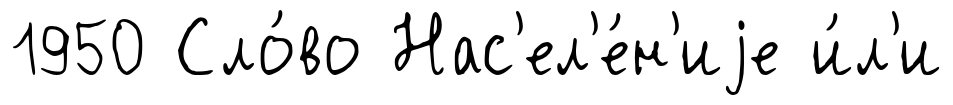
1950 Сло́во Нас'ел'е́н'иjе и́л'и